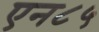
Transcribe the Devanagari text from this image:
एन८५